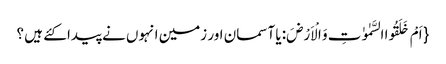
{ اَمْ خَلَقُوا السَّمٰوٰتِ وَ الْاَرْضَ: یا آسمان اور زمین انہوں نے پیدا کئے ہیں ؟